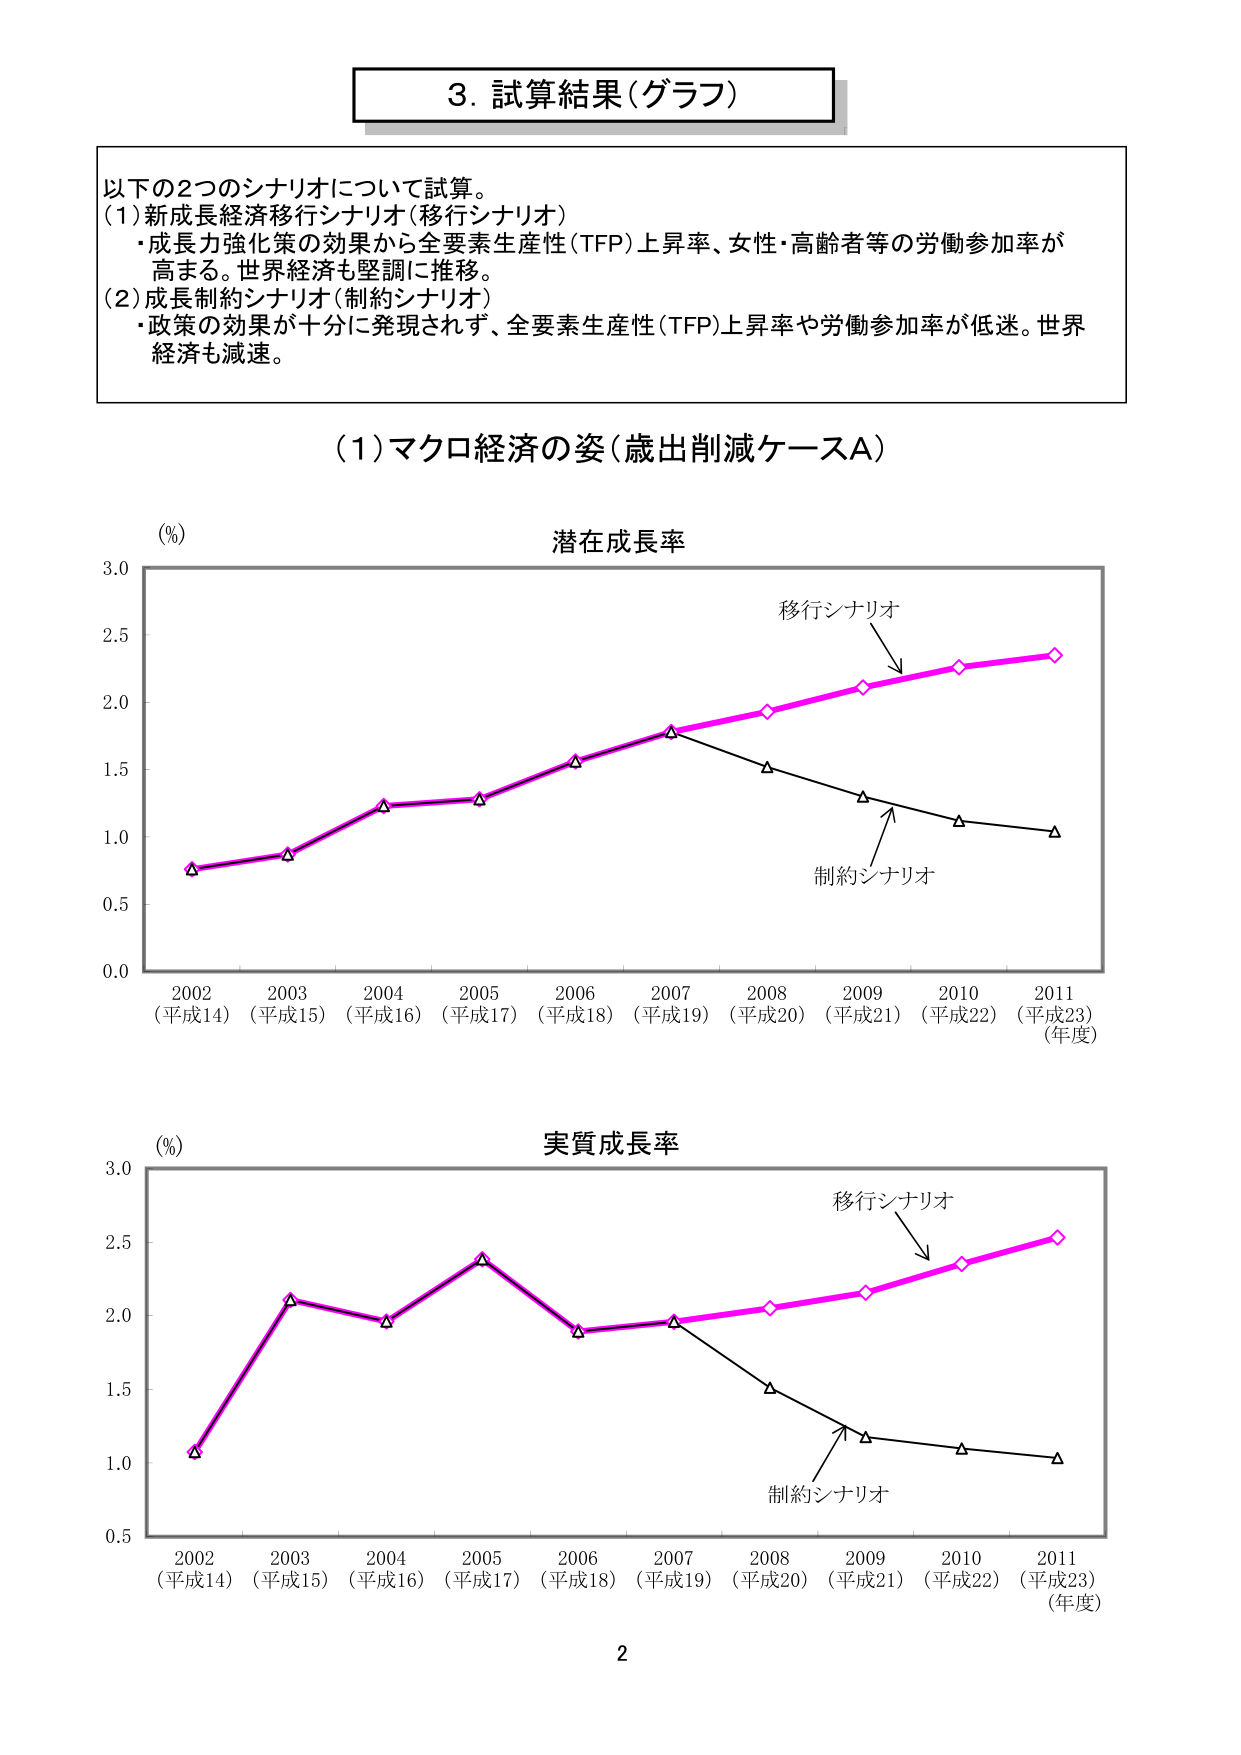
3. 試算結果（グラフ）

以下の2つのシナリオについて試算。
(1) 新成長経済移行シナリオ（移行シナリオ）
・成長力強化策の効果から全要素生産性（TFP）上昇率、女性・高齢者等の労働参加率が高まる。世界経済も堅調に推移。
(2) 成長制約シナリオ（制約シナリオ）
・政策の効果が十分に発現されず、全要素生産性（TFP）上昇率や労働参加率が低迷。世界経済も減速。

(1) マクロ経済の姿（歳出削減ケースA）

潜在成長率
(%) 3.0
2.5
2.0
1.5
1.0
0.5
0.0
2002 (平成14) 2003 (平成15) 2004 (平成16) 2005 (平成17) 2006 (平成18) 2007 (平成19) 2008 (平成20) 2009 (平成21) 2010 (平成22) 2011 (平成23) （年度）

移行シナリオ
制約シナリオ

実質成長率
(%) 3.0
2.5
2.0
1.5
1.0
0.5
2002 (平成14) 2003 (平成15) 2004 (平成16) 2005 (平成17) 2006 (平成18) 2007 (平成19) 2008 (平成20) 2009 (平成21) 2010 (平成22) 2011 (平成23) （年度）

移行シナリオ
制約シナリオ

2